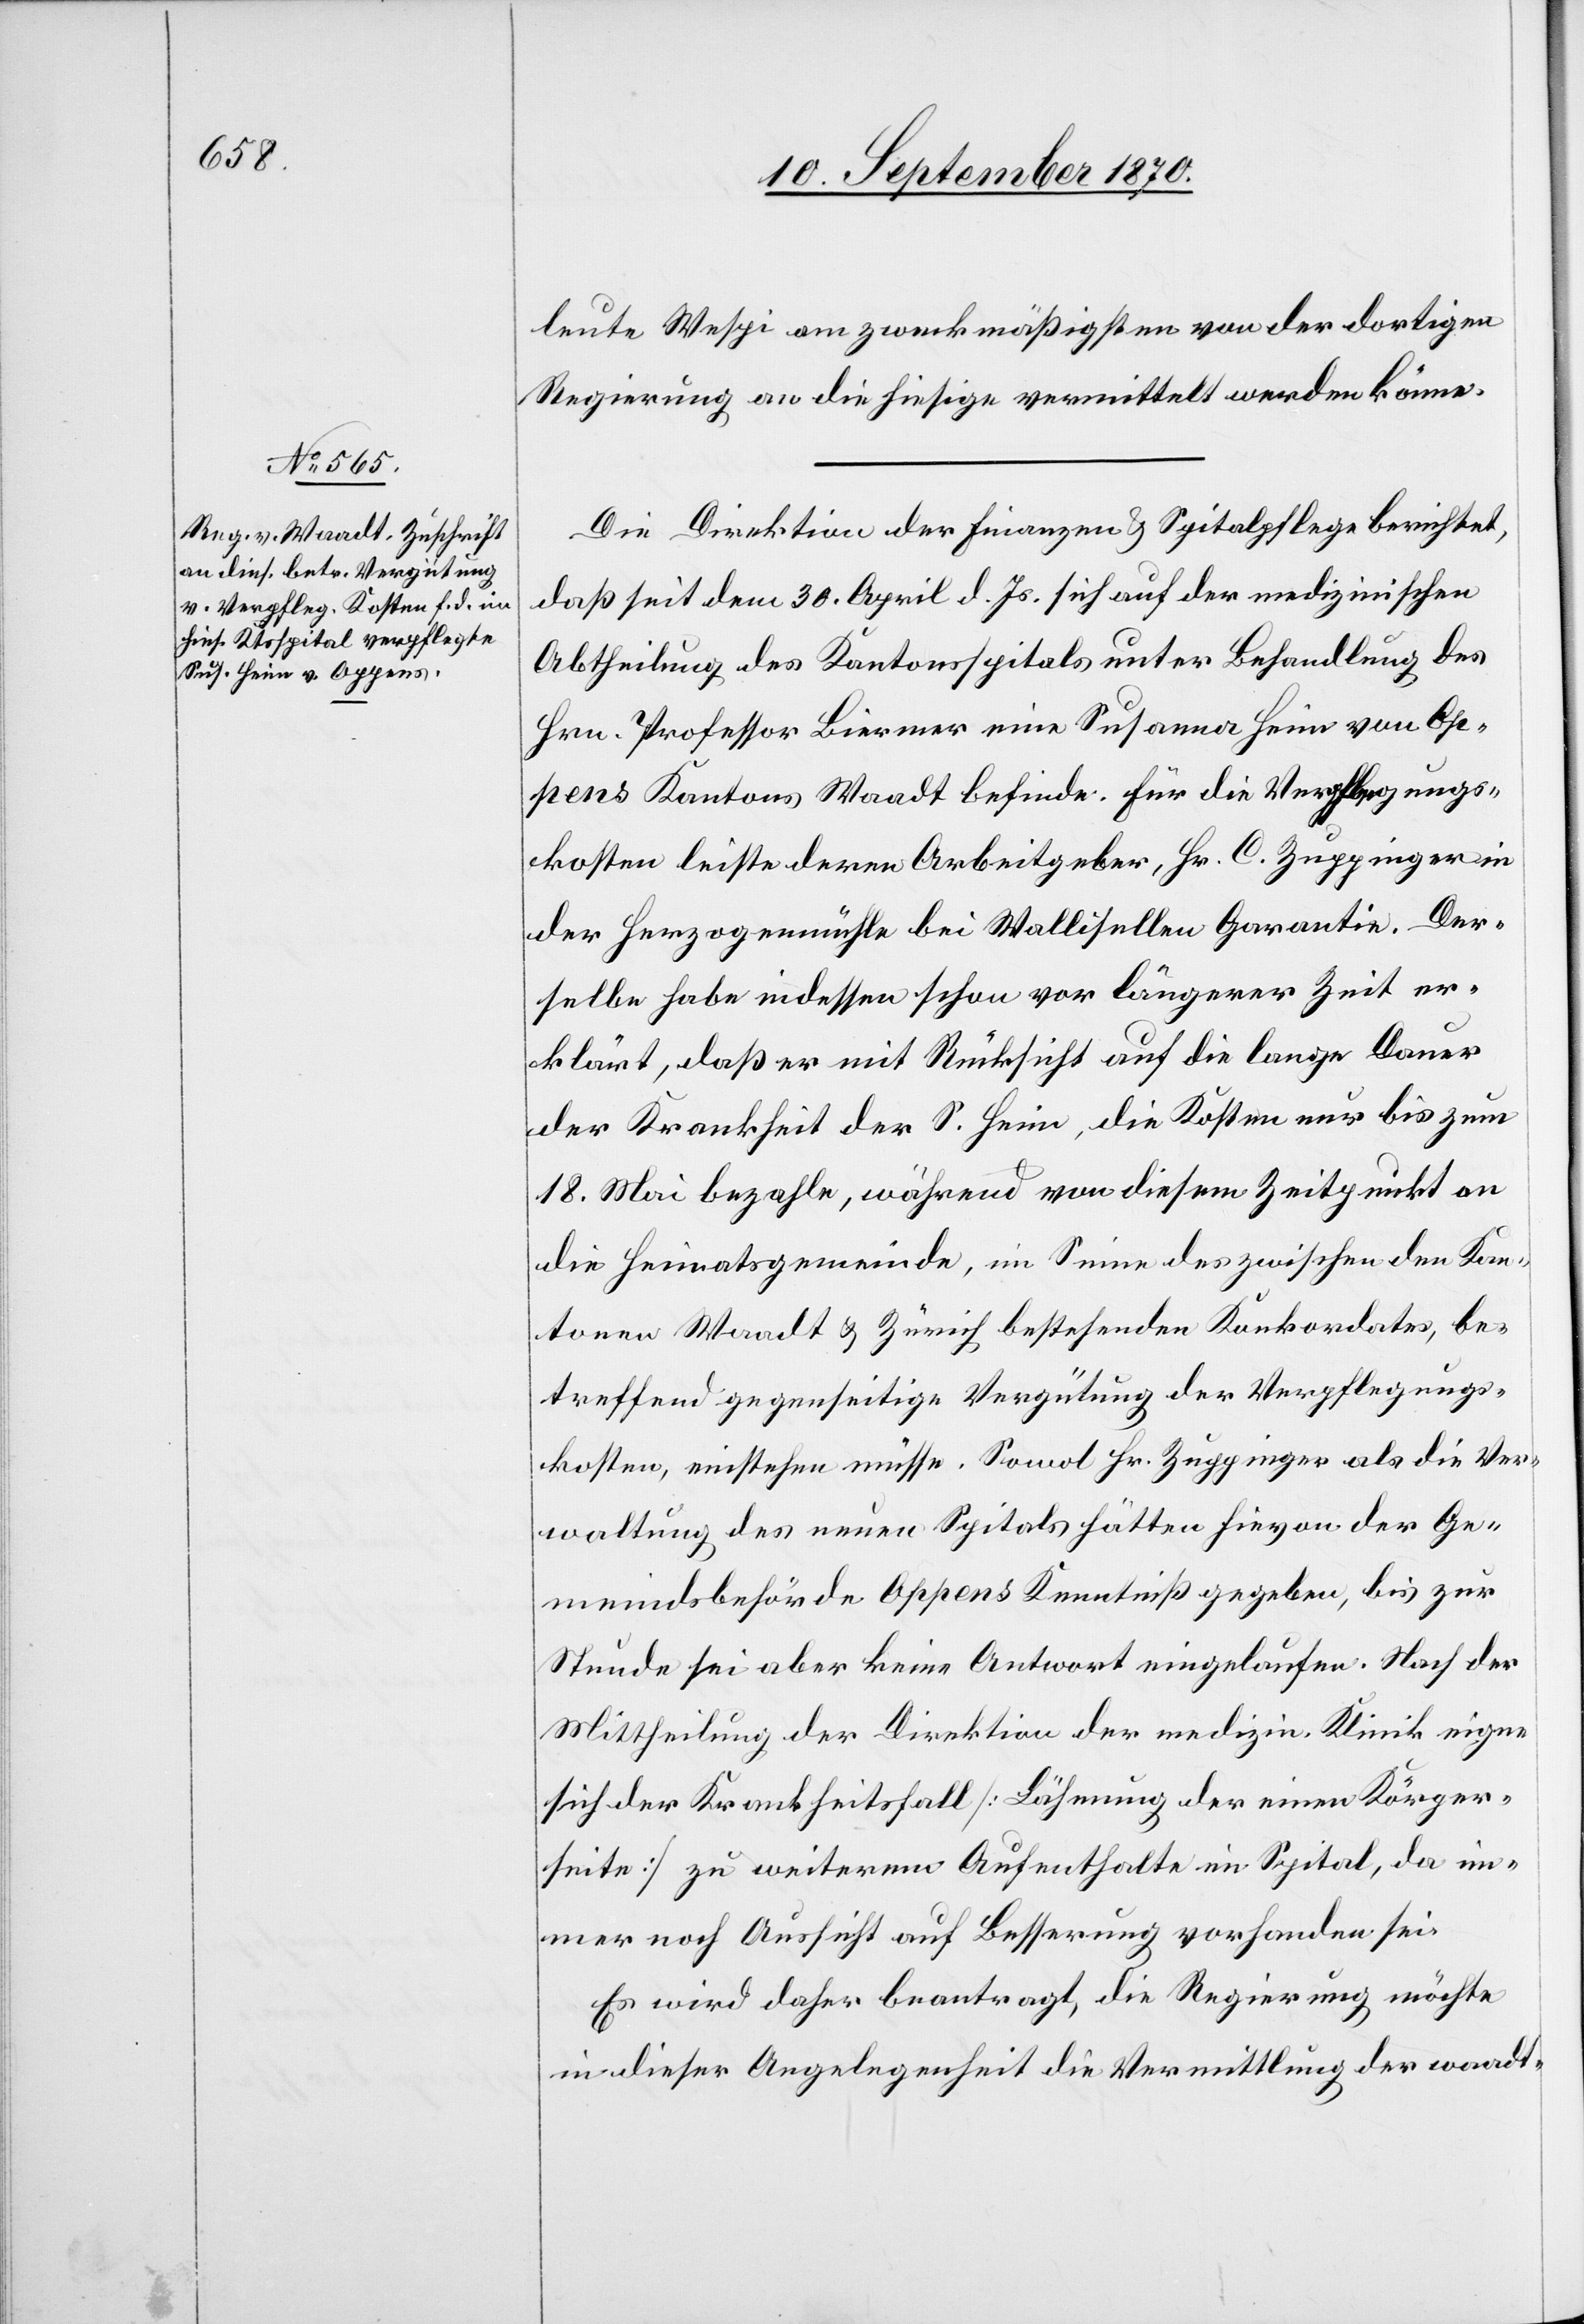
leute Wespi am zweckmäßigsten von der dortigen
Regierung an die hiesige vermittelt werden könne.
Die Direktion der Finanzen & Spitalpflege berichtet,
daß seit dem 30. April d. Js. sich auf der medizinischen
Abtheilung des Kantonsspitals unter Behandlung des
Hrn. Professor Biermer eine Susanna Heim von Op¬
pens Kantons Waadt befinde. Für die Verpflegungs¬
kosten leiste deren Arbeitgeber, Hr. C. Zuppinger in
der Herzogenmühle bei Wallisellen Garantie. Der¬
selbe habe indessen schon vor längerer Zeit er¬
klärt, daß er mit Rücksicht auf die lange Dauer
der Krankheit der S. Heim, die Kosten nur bis zum
18. Mai bezahle, während von diesem Zeitpunkt an
die Heimatsgemeinde, im Sinne des zwischen den Kan¬
tonen Waadt & Zürich bestehenden Konkordates, be¬
treffend gegenseitige Vergütung der Verpflegungs¬
kosten, einstehen müsse. Somit Hr. Zuppinger als die Ver¬
waltung des neuen Spitals hätten hievon der Ge¬
meindsbehörde Oppens Kenntniß gegeben, bis zur
Stunde sei aber keine Antwort eingelaufen. Nach der
Mittheilung der Direktion der medizin. Klinik eigne
sich der Krankheitsfall [Lähmung der einen Körper¬
seite] zu weiterem Aufenthalte im Spital, da im¬
mer noch Aussicht auf Besserung vorhanden sei.
Es wird daher beantragt, die Regierung möchte
in dieser Angelegenheit die Vermittlung der waadt-